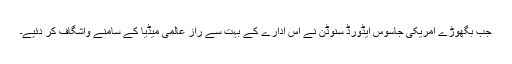
جب بگھوڑے امریکی جاسوس ایڈورڈ سنوڈن نے اس ادارے کے بہت سے راز عالمی میڈیا کے سامنے واشگاف کر دئیے۔